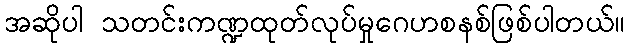
အဆိုပါ သတင်းကဏ္ဍထုတ်လုပ်မှုဂေဟစနစ်ဖြစ်ပါတယ်။